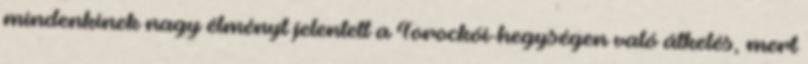
mindenkinek nagy élményt jelentett a Torockói-hegységen való átkelés, mert